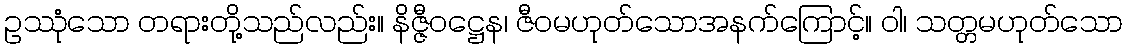
ဥဿုံသော တရားတို့သည်လည်း။ နိဇ္ဇီဝဋ္ဌေန၊ ဇီဝမဟုတ်သောအနက်ကြောင့်။ ဝါ၊ သတ္တမဟုတ်သော